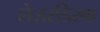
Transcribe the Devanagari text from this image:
लेज़रडिस्क